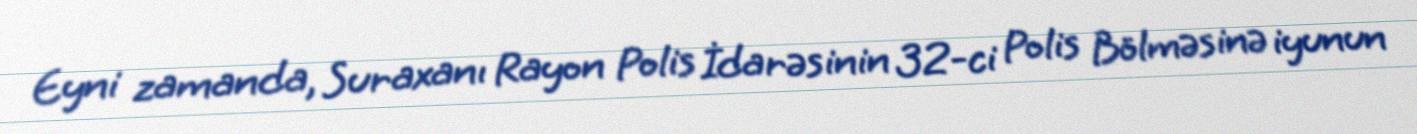
Eyni zamanda, Suraxanı Rayon Polis İdarəsinin 32-ci Polis Bölməsinə iyunun